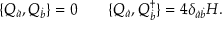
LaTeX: \{ Q _ { \dot { a } } , Q _ { \dot { b } } \} = 0 \qquad \{ Q _ { \dot { a } } , Q _ { \dot { b } } ^ { \dagger } \} = 4 \delta _ { \dot { a } \dot { b } } H .